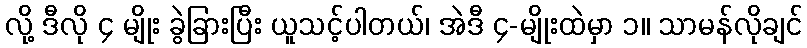
လို့ ဒီလို ၄ မျိုး ခွဲခြားပြီး ယူသင့်ပါတယ်၊ အဲဒီ ၄-မျိုးထဲမှာ ၁။ သာမန်လိုချင်